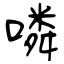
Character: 噒